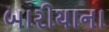
બારીયાના